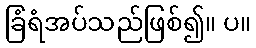
ခြံရံအပ်သည်ဖြစ်၍။ ပ။